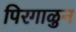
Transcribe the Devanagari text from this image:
पिरगाळुन